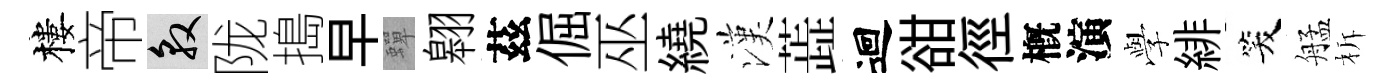
樓帝敦陇搗早蟬翱茲倔巫繞漢蕋迴𧮳徑槪演𫝯緋笑艋柝